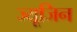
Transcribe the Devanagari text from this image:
ज्यूजिन